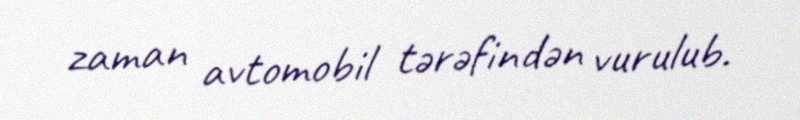
zaman avtomobil tərəfindən vurulub.